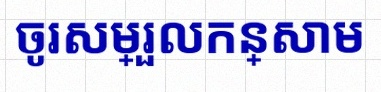
ចូរសម្រួលកន្សោម